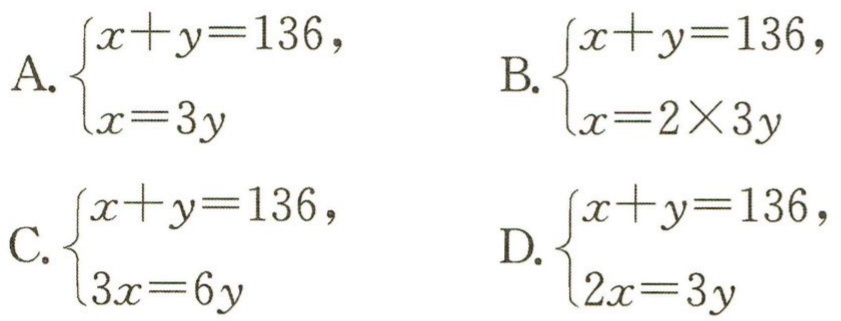
A. $\begin{cases}x + y = 136,\\x = 3y\end{cases}$

B. $\begin{cases}x + y = 136,\\x = 2\times3y\end{cases}$

C. $\begin{cases}x + y = 136,\\3x = 6y\end{cases}$

D. $\begin{cases}x + y = 136,\\2x = 3y\end{cases}$